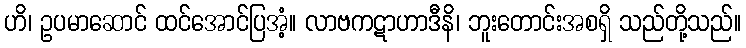
ဟိ၊ ဥပမာဆောင် ထင်အောင်ပြအံ့။ လာဗကဋာဟာဒီနိ၊ ဘူးတောင်းအစရှိ သည်တို့သည်။